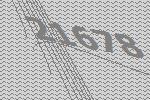
21678